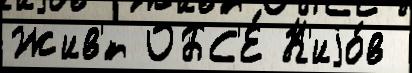
Жив'́т ОБС'Е́ К'иjо́в